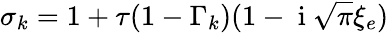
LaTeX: \sigma_{k}=1+\tau(1-\Gamma_{k})(1-\mathrm{~i~}\sqrt{\pi}\xi_{e})